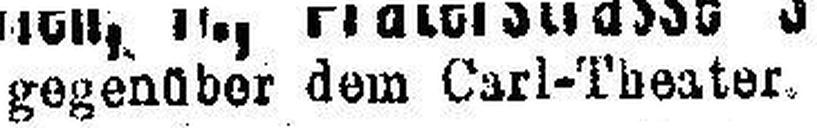
gegenüber dem Carl-Theater.